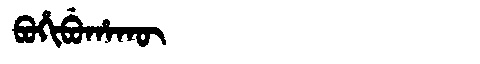
Manchu: ᠪᠣᡥᡳᠪᡠᡥᠠᡴᡡ
Romanization: BOHIBUHAKŪ